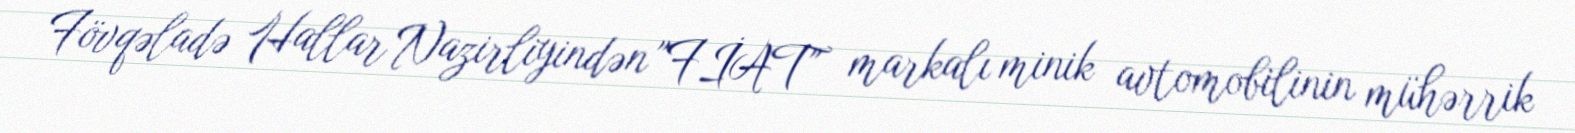
Fövqəladə Hallar Nazirliyindən "FİAT" markalı minik avtomobilinin mühərrik